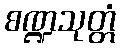
စဏ္ဍသုတ္တံ